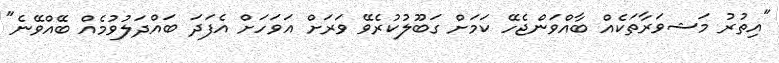
"އިތުރު މަޝވަރާތަކެއް ބާއްވަންޖެހޭ ކަމަށް ގަބޫލުކުރެވޭ ވަރަށް އަވަހަށް އެފަދަ ބައްދަލުވުމެއް ބޭއްވޭނެ"